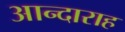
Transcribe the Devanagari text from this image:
आन्दाराह